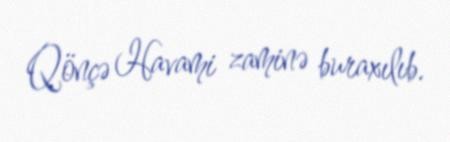
Qönçə Havami zaminə buraxılıb.